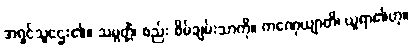
အရှင်သူဌေး၏။ သမ္ပတ္တိံ၊ စည်း စိမ်ချမ်းသာကို။ ကဏှေယျာတိ၊ ယူရာ၏ဟု။